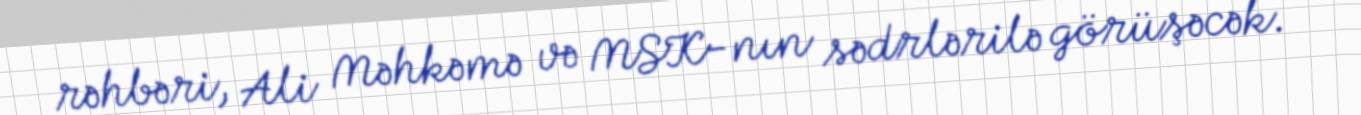
rəhbəri, Ali Məhkəmə və MSK-nın sədrlərilə görüşəcək.